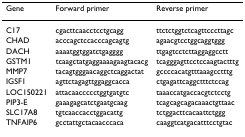
| Gene | Forward primer | Reverse primer |
 | --- | --- | --- |
 | C17 | cgacttcaacctcctgcagg | ttctctggtctcagttcccttagc |
 | CHAD | acccagctccacccagcagtg | agaacgtcctggcaggtggg |
 | DACH | aaaatggtggatctgagggg | ttgagtcctcttaggaggcctt |
 | GSTM1 | tcaagctatgaggaaaagaagtacacg | tcagggagttcctccaagtactttg |
 | MMP7 | tacagtgggaacaggctcaggactat | gccccacatgtttaaagcctttg |
 | IGSF1 | agttctagagttggaggcacca | ctgagattcaggctttctccag |
 | LOC150221 | attacaaccccctggtgatgtc | taaaccatgaccacgtctcctg |
 | PIP3-E | gaaagagcatctgaatgcaag | tcagcagcagacaaactgttaac |
 | SLC17A8 | tgtcaaccacctggacattg | tctggacttcacaattctggg |
 | TNFAIP6 | gcctattgctacaacccaca | caaggtcatgacatttcctgtac |